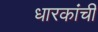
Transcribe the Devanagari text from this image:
धारकांची